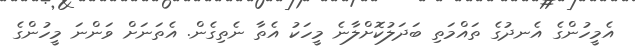
އެމީހުންގެ އެނދުގެ ތައްމަތި ބަދަލުކޮށްލާނެ މީހަކު އެތާ ނެތިގެން. އެތަނަށް ވަންނަ މީހުންގެ